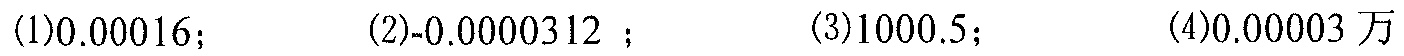
(1)$0.00016$；\hspace{1em}(2)$-0.0000312$；\hspace{1em}(3)$1000.5$；\hspace{1em}(4)$0.00003$万